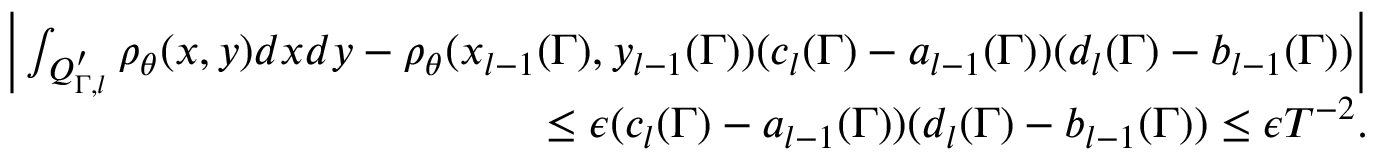
\begin{array} { r l r } & { } & { \Big | \int _ { Q _ { \Gamma , l } ^ { \prime } } \rho _ { \theta } ( x , y ) d x d y - \rho _ { \theta } ( x _ { l - 1 } ( \Gamma ) , y _ { l - 1 } ( \Gamma ) ) ( c _ { l } ( \Gamma ) - a _ { l - 1 } ( \Gamma ) ) ( d _ { l } ( \Gamma ) - b _ { l - 1 } ( \Gamma ) ) \Big | } \\ & { } & { \leq \epsilon ( c _ { l } ( \Gamma ) - a _ { l - 1 } ( \Gamma ) ) ( d _ { l } ( \Gamma ) - b _ { l - 1 } ( \Gamma ) ) \leq \epsilon T ^ { - 2 } . } \end{array}